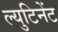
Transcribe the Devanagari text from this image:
ल्युटिनेंट